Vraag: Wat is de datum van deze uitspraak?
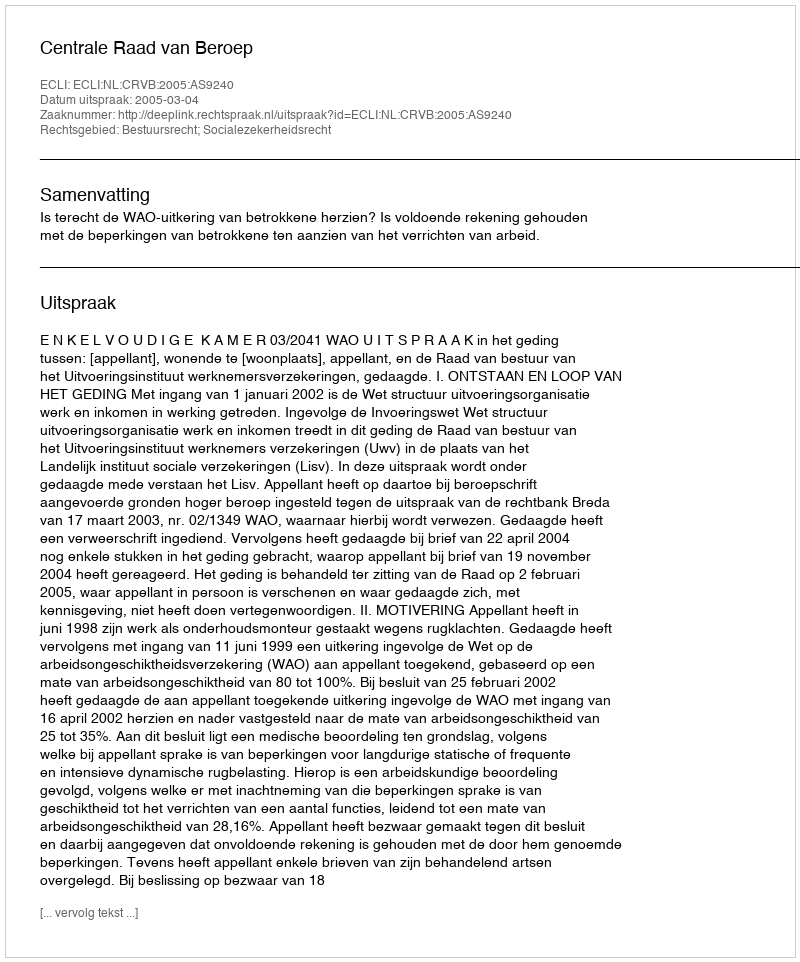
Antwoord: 2005-03-04